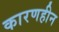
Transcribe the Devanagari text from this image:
कारणहीन